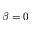
\beta = 0